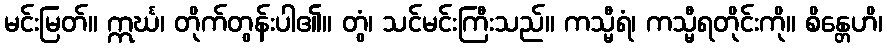
မင်းမြတ်။ ဣင်္ဃ၊ တိုက်တွန်းပါ၏။ တွံ၊ သင်မင်းကြီးသည်။ ကသ္မီရံ၊ ကသ္မီရတိုင်းကို။ စိန္တေဟိ၊